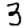
Digit: 3